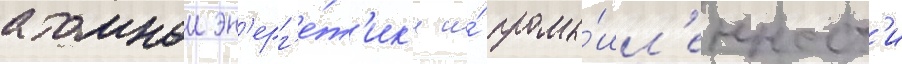
атомнои эн'ерг'е́т'ик'и и́ промы́шл'енност'и